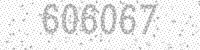
Solution: 606067